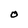
Character: O